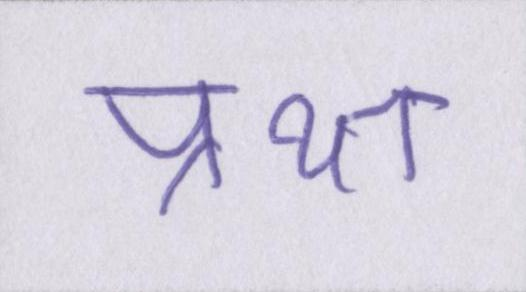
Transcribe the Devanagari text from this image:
प्रथा